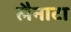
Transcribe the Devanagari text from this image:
लैनाटा